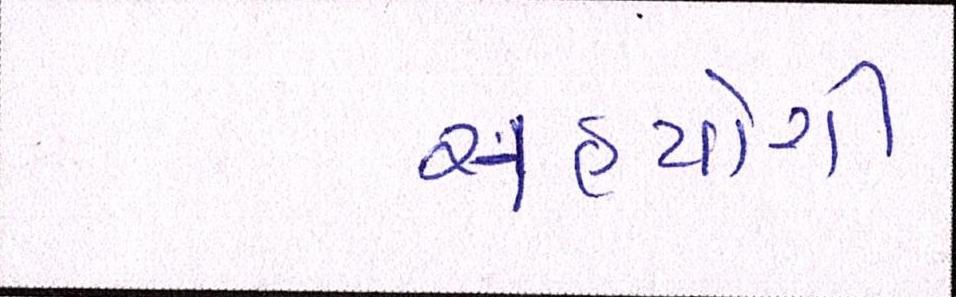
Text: સહયોગી